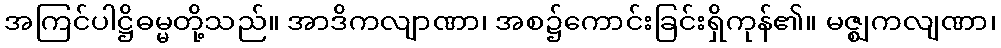
အကြင်ပါဋ္ဌိဓမ္မတို့သည်။ အာဒိကလျာဏာ၊ အစ၌ကောင်းခြင်းရှိကုန်၏။ မဇ္ဈကလျဏာ၊